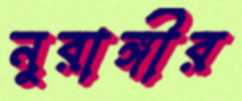
নুরাঙ্গীর